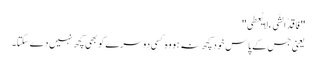
''فَاقِدُالشَّیء لایُعطِی''
یعنی جس کے پاس خود کچھ نہ ہو وہ کسی دوسرے کو بھی کچھ نہیں دے سکتا۔